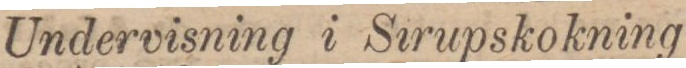
Undervisning i Sirupskokning